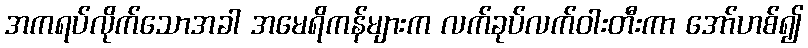
အကရပ်လိုက်သောအခါ အမေရိကန်များက လက်ခုပ်လက်ဝါးတီးကာ အော်ဟစ်၍